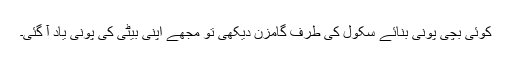
کوئی بچی پونی بنائے سکول کی طرف گامزن دیکھی تو مجھے اپنی بیٹی کی پونی یاد آ گئی۔